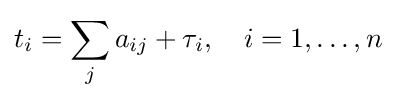
t_{i}=\sum _{j}a_{ij}+\tau _{i},\quad i=1,\ldots ,n